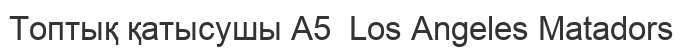
Топтық қатысушы A5  Los Angeles Matadors